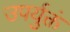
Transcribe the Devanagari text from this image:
उपर्युक्तं